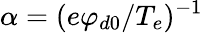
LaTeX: \alpha=(e\varphi_{d0}/T_{e})^{-1}